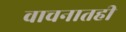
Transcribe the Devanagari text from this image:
वाचनातही